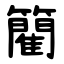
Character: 䉮